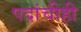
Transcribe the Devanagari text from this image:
पदांचीही